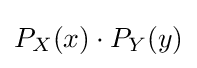
P_{X}(x)\cdot P_{Y}(y)